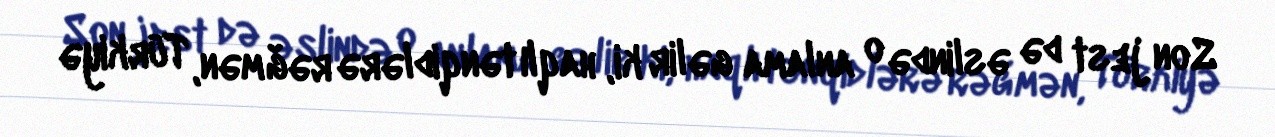
Son jest də əslində o anlama gəlir ki, haqlı tənqidlərə rəğmən, Türkiyə